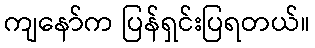
ကျနော်က ပြန်ရှင်းပြရတယ်။